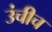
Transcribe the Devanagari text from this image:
उंचीच